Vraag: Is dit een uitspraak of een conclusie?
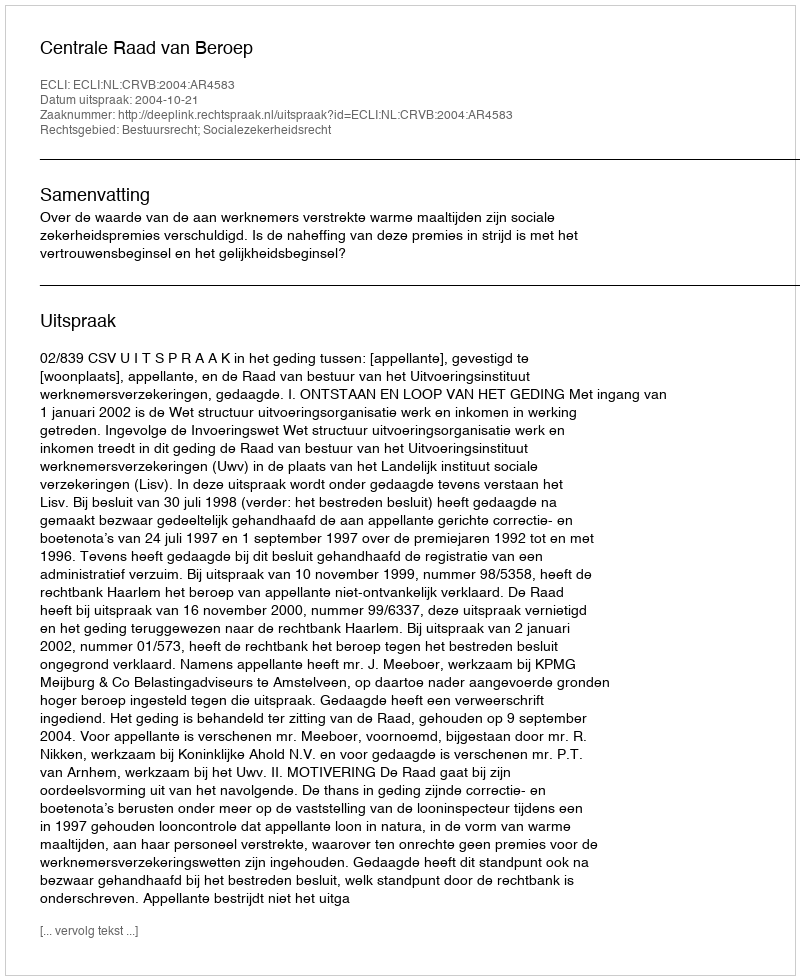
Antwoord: Uitspraak